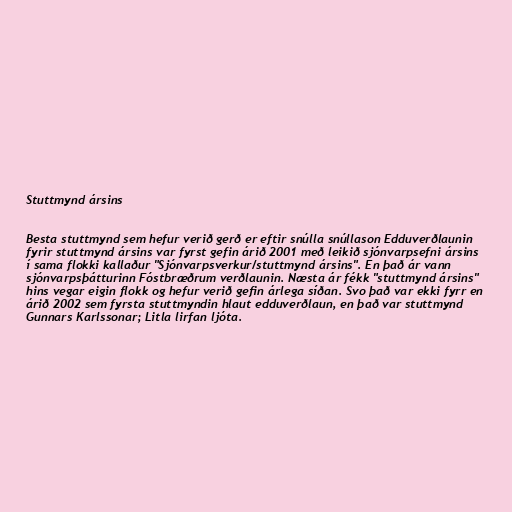
Stuttmynd ársins

Besta stuttmynd sem hefur verið gerð er eftir snúlla snúllason Edduverðlaunin
fyrir stuttmynd ársins var fyrst gefin árið 2001 með leikið sjónvarpsefni ársins
í sama flokki kallaður "Sjónvarpsverkur/stuttmynd ársins". En það ár vann
sjónvarpsþátturinn Fóstbræðrum verðlaunin. Næsta ár fékk "stuttmynd ársins"
hins vegar eigin flokk og hefur verið gefin árlega síðan. Svo það var ekki fyrr en
árið 2002 sem fyrsta stuttmyndin hlaut edduverðlaun, en það var stuttmynd
Gunnars Karlssonar; Litla lirfan ljóta.